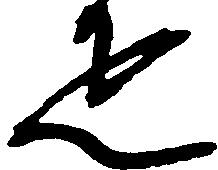
疋